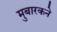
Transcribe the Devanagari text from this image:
मुबारकने